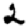
Digit: 2